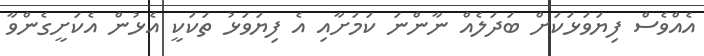
އެއްވެސް ފިޔަވަޅަކަށް ބަދަލެއް ނާންނަ ކަމަށާއި އެ ފިޔަވަޅު ތަކަކީ އެޅުން އެކަށީގެންވާ